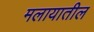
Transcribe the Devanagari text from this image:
मलायातील